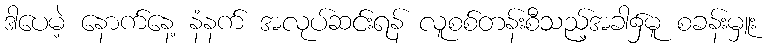
ဒါပေမဲ့ နောက်နေ့ နံနက် အလုပ်ဆင်းရန် လူစစ်တန်းစီသည့်အခါ၌မူ စခန်းမှူး